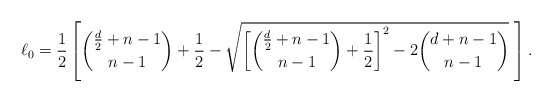
\begin{align*}\ell_0 = \frac{1}{2} \left [ \binom{\frac{d}{2} + n-1}{n-1} + \frac{1}{2} - \sqrt{\left [ \binom{\frac{d}{2} + n-1}{n-1} + \frac{1}{2} \right ]^2 - 2 \binom{d+n-1}{n-1}} \ \right ].\end{align*}